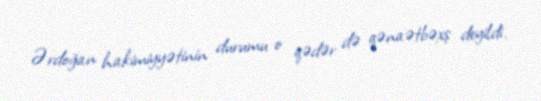
Ərdoğan hakimiyyətinin durumu o qədər də qənaətbəxş deyildi.